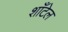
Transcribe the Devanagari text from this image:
शाँटेल